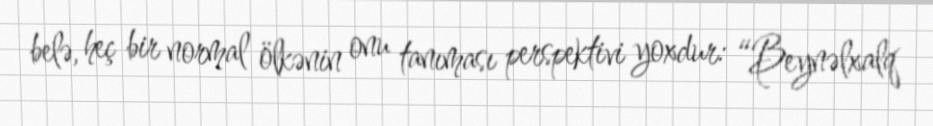
belə, heç bir normal ölkənin onu tanıması perspektivi yoxdur: “Beynəlxalq